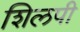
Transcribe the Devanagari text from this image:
शिलपी